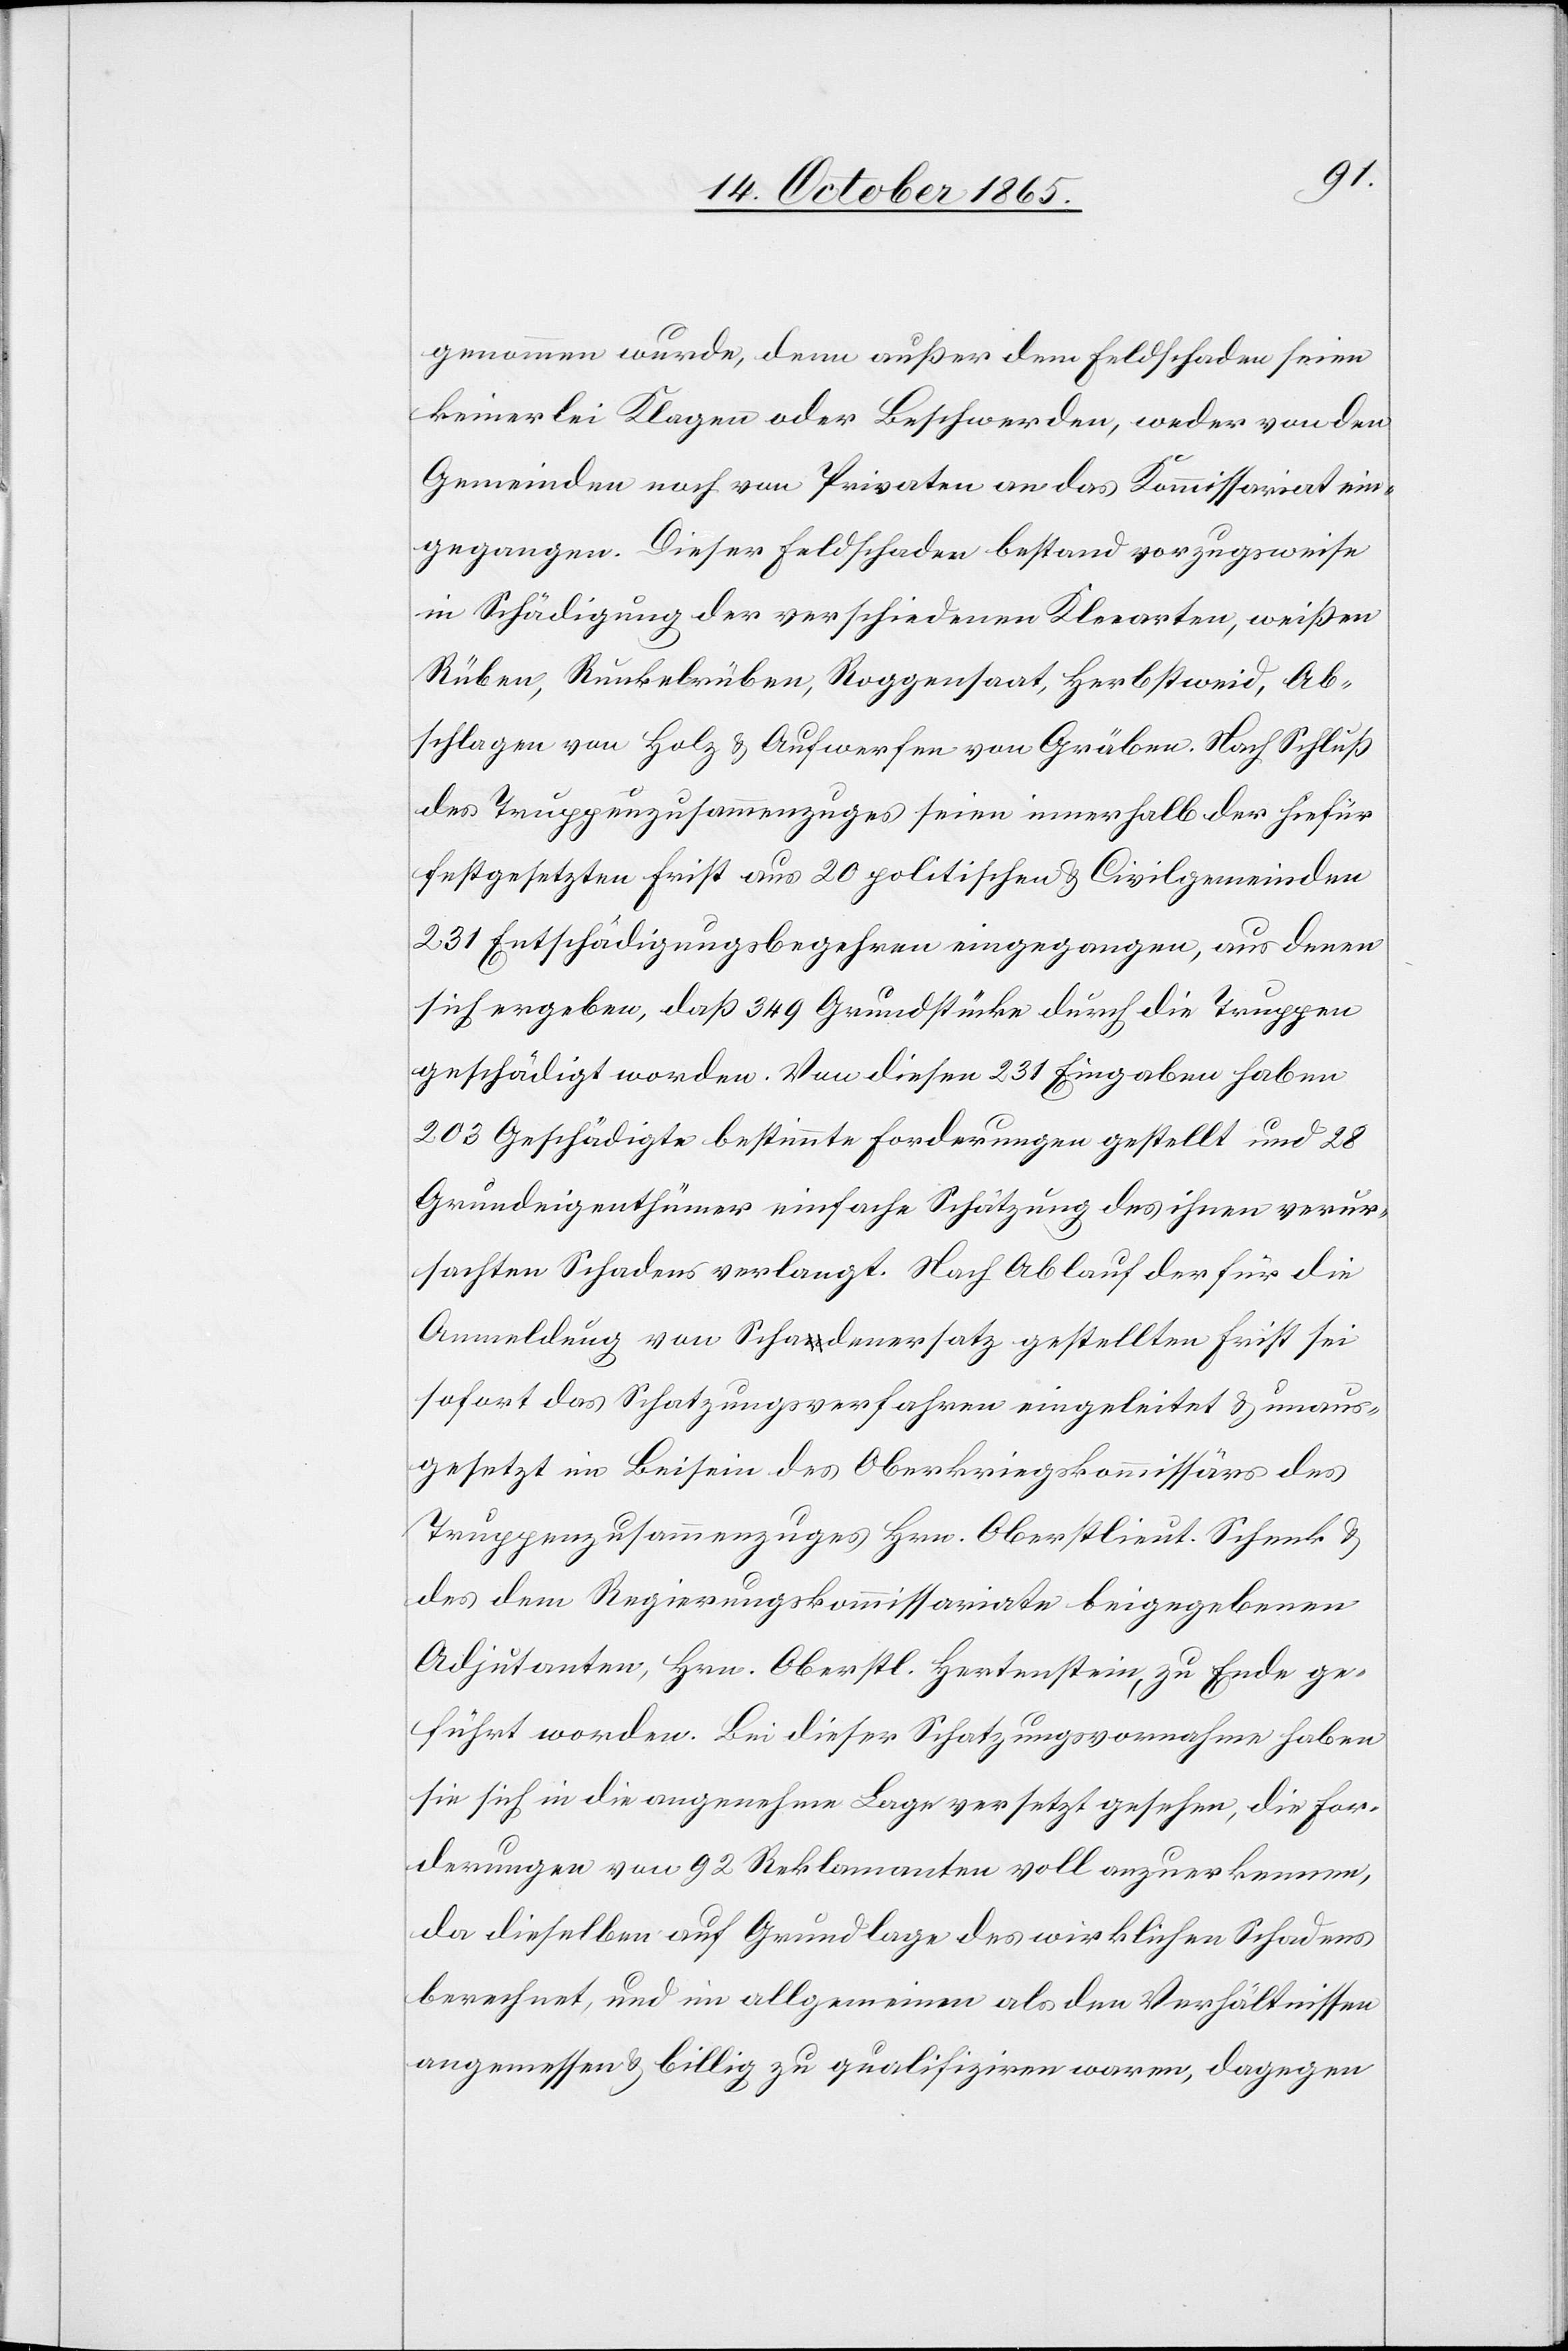
genommen wurde, denn außer dem Feldschaden seien
keinerlei Klagen oder Beschwerden, weder von den
Gemeinden noch von Privaten an das Kommissariat ein¬
gegangen. Dieser Feldschaden bestand vorzugsweise
in Schädigung der verschiedenen Kleearten, weißen
Rüben, Runkelrüben, Roggensaat, Herbstweid, Ab¬
schlagen von Holz & Aufwerfen von Gräben. Nach Schluß
des Truppenzusammenzuges seien innerhalb der hiefür
festgesetzten Frist aus 20 politischen & Civilgemeinden
231 Entschädigungsbegehren eingegangen, aus denen
sich ergeben, daß 349 Grundstücke durch die Truppen
geschädigt worden. Von diesen 231 Eingaben haben
203 Geschädigte bestimmte Forderungen gestellt und 28
Grundeigenthümer einfache Schätzung des ihnen verur¬
sachten Schadens verlangt. Nach Ablauf der für die
Anmeldung von Schadenersatz gestellten Frist sei
sofort das Schatzungsverfahren eingeleitet & unaus¬
gesetzt im Beisein des Oberkriegskommissärs des
Truppenzusammenzuges Hrn. Oberstlieut. Schenk &
des dem Regierungskommissariate beigegebenen
Adjutanten, Hrn. Oberstl. Hertenstein, zu Ende ge¬
führt worden. Bei dieser Schatzungsvornahme haben
sie sich in die angenehme Lage versetzt gesehen, die For¬
derungen von 92 Reklamanten voll anzuerkennen,
da dieselben auf Grundlage des wirklichen Schadens
berechnet, und im allgemeinen als den Verhältnissen
angemessen & billig zu qualifiziren waren, dagegen